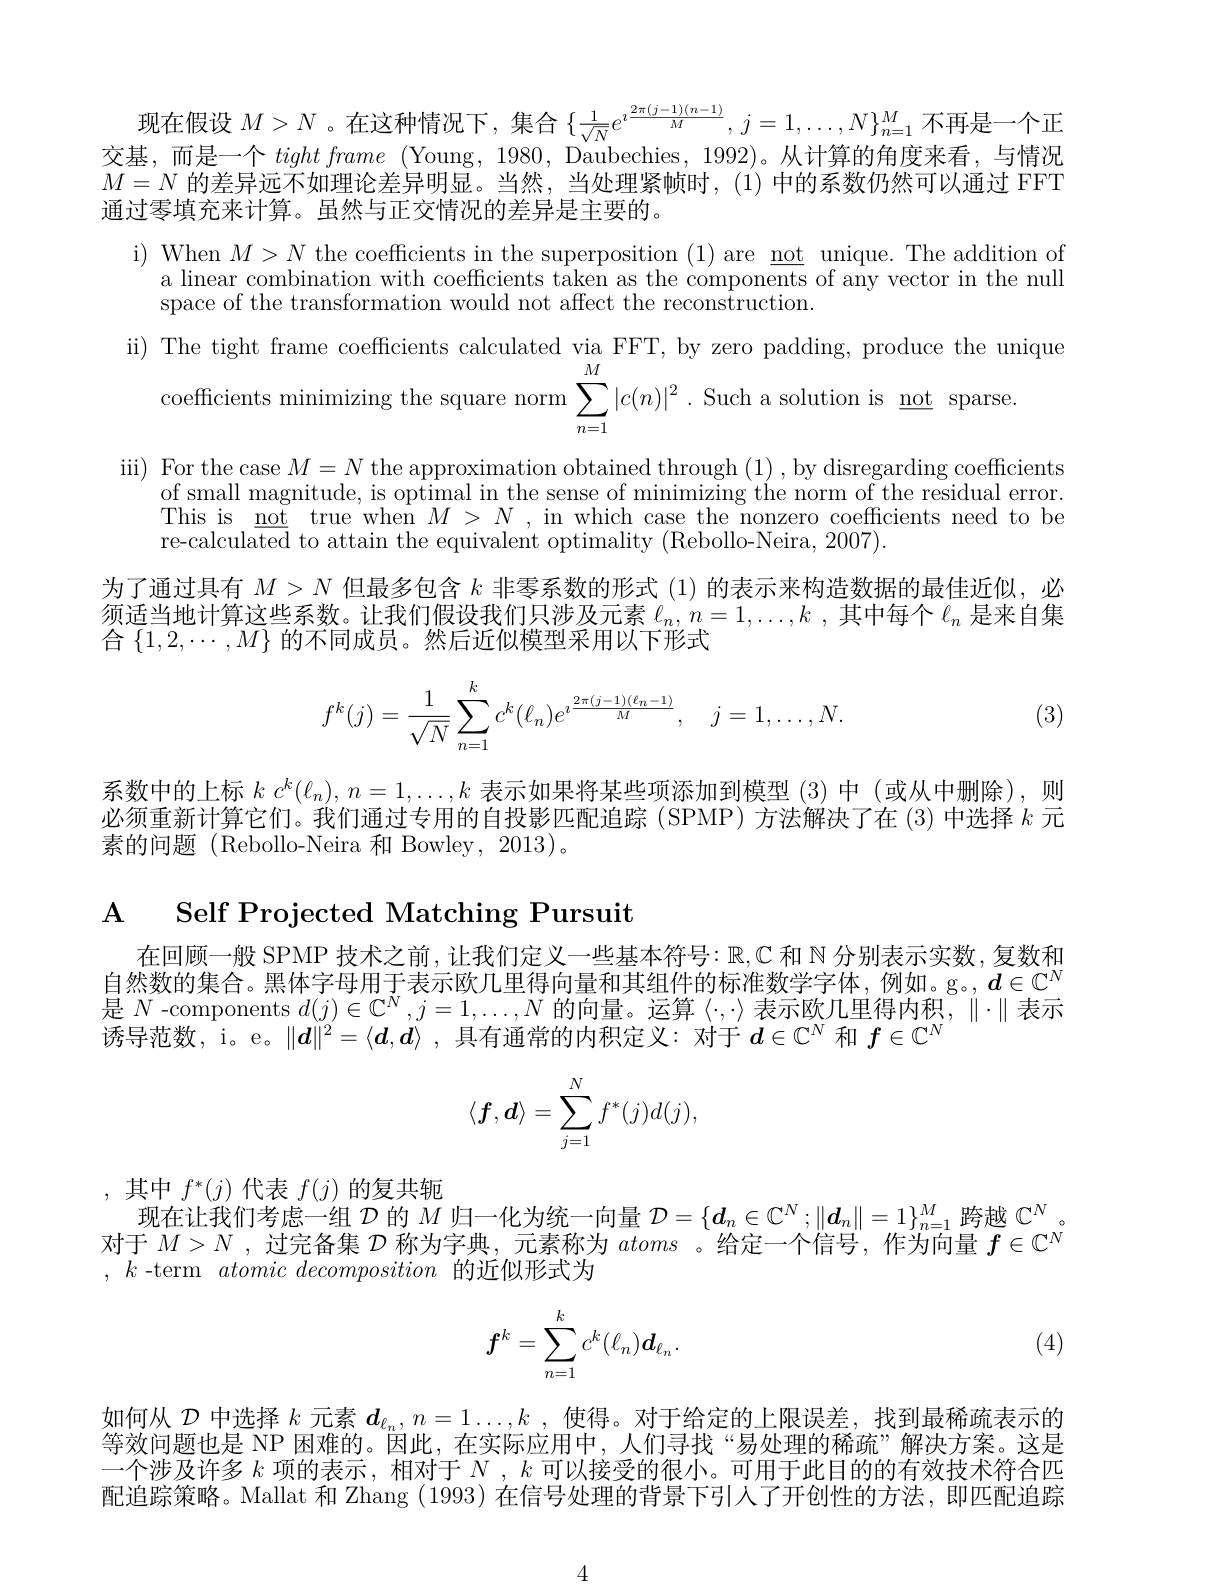
现在假设$M>N$ 。在这种情况下，集合$\{\frac1{\sqrt{N}}e^{i\frac{2\pi(j-1)(n-1)}M},j=1,\ldots,N\}_{n=1}^M$不再是一个正交基，而是一个tightframe (Young, 1980, Daubechies, 1992)。从计算的角度来看，与情况$M=N$的差异远不如理论差异明显。当然，当处理紧帧时，(1)中的系数仍然可以通过 FFT 通过零填充来计算。虽然与正交情况的差异是主要的。
i) When $M> N$ the coefficients in the superposition (1) are $\underline{\text{not unique.The addition of}}$
a linear combination with coefficients taken as the components of any vector in the null
space of the transformation would not affect the reconstruction.
ii) The tight frame coefficients calculated via FFT, by zero padding, produce the unique
$$\sum_{n=1}^{M}|c(n)|^{2}$$
iii) For the case $M=N$ the approximation obtained through (1), by disregarding coefficients
of small magnitude, is optimal in the sense of minimizing the norm of the residual error. This is $\underline{\mathrm{not}}$ true when $M>N$, in which case the nonzero coefficients need to be re-calculated to attain the equivalent optimality (Rebollo-Neira, 2007).
为了通过具有$M>N$但最多包含$k$非零系数的形式 (1)的表示来构造数据的最佳近似，必须适当地计算这些系数。让我们假设我们只涉及元素$\ell_n,n=1,\ldots,k$ ,其中每个$\ell_n$是来自集合$\{1,2,\cdots,M\}$的不同成员。然后近似模型采用以下形式
$$f^k(j)=\dfrac{1}{\sqrt{N}}\sum_{n=1}^kc^k(\ell_n)e^{i\frac{2\pi(j-1)(\ell_n-1)}{M}},\quad j=1,\ldots,N.$$
(3)

系数中的上标$k$ $c^k( \ell _n) $, $n= 1, \ldots , k$表示如果将某些项添加到模型 (3)中 (或从中删除),则必须重新计算它们。我们通过专用的自投影匹配追踪(SPMP)方法解决了在(3)中选择$k$元素的问题(Rebollo-Neira 和 Bowley,2013)。

$\textbf{A}$ Self Projected Matching Pursuit

在回顾一般 SPMP 技术之前，让我们定义一些基本符号$:\mathbb{R},\mathbb{C}$ 和 N 分别表示实数，复数和自然数的集合。黑体字母用于表示欧几里得向量和其组件的标准数学字体，例如。g。$d\in\mathbb{C}^N$ 是$N$ -components $d(j)\in\mathbb{C}^N,j=1,\ldots,N$的向量。运算$\langle\cdot,\cdot\rangle$表示欧几里得内积，$\|\cdot\|$表示诱导范数，i。e。$\|\boldsymbol{d}\|^2=\langle\boldsymbol{d},\boldsymbol{d}\rangle$ ,具有通常的内积定义：对于$d\in\mathbb{C}^N$和$f\in\mathbb{C}^N$
$$\langle f,\boldsymbol{d}\rangle=\sum_{j=1}^Nf^*(j)d(j),$$
,其中$f^*(j)$代表$f(j)$的复共轭
现在让我们考虑一组$\mathcal{D}$的$M$归一化为统一向量$\mathcal{D}=\{d_n\in\mathbb{C}^N;\|d_n\|=1\}_{n=1}^M$跨越$\mathbb{C}^N$。

对于$M>N$ ,过完备集$\mathcal{D}$称为字典，元素称为atoms 。给定一个信号，作为向量$f\in\mathbb{C}^N$
, $k$ -term atomic decomposition的近似形式为
$$f^k=\sum_{n=1}^kc^k(\ell_n)\boldsymbol{d}_{\ell_n}.$$
(4)

如何从$\mathcal{D}$中选择$k$元素$\boldsymbol d_{\ell_n},n=1\ldots,k$ ,使得。对于给定的上限误差，找到最稀疏表示的等效问题也是 NP 困难的。因此，在实际应用中，人们寻找“易处理的稀疏”解决方案。这是一个涉及许多$k$项的表示，相对于$N,k$可以接受的很小。可用于此目的的有效技术符合匹配追踪策略。Mallat 和 Zhang (1993)在信号处理的背景下引人了开创性的方法，即匹配追踪

4